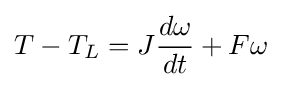
T-T_{L}=J{d\omega  \over dt}+F\omega